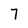
Character: 7